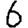
Digit: 6